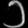
Digit: ၁